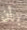
بأن